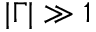
| \Gamma | \gg 1